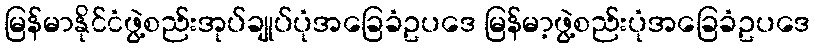
မြန်မာနိုင်ငံဖွဲ့စည်းအုပ်ချုပ်ပုံအခြေခံဥပဒေ မြန်မာ့ဖွဲ့စည်းပုံအခြေခံဥပဒေ